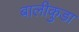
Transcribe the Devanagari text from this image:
बालीकुडा